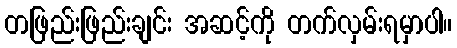
တဖြည်းဖြည်းချင်း အဆင့်ကို တက်လှမ်းရမှာပါ။